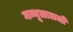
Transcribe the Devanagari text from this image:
मन्नूलालजी